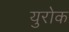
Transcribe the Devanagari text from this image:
युरोक